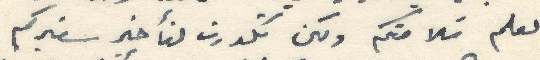
لعلم سَلامتكم ولكن تكدرت لتأخير سفيركم